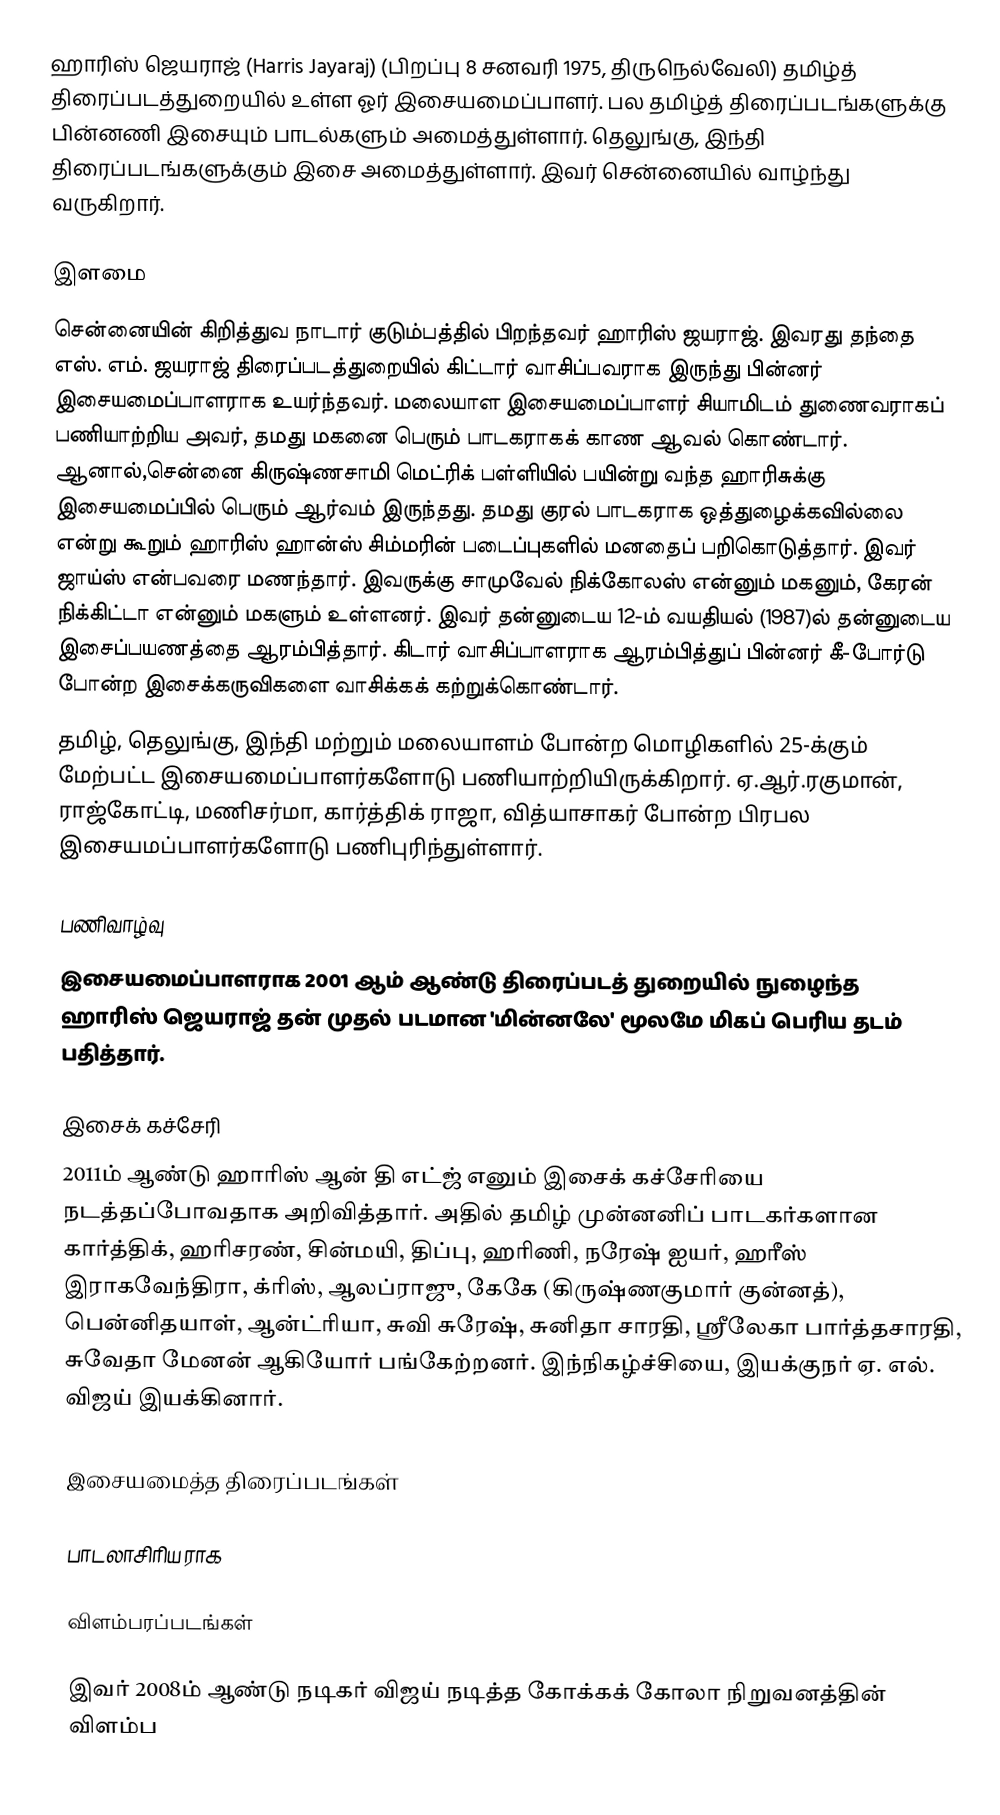
ஹாரிஸ் ஜெயராஜ் (Harris Jayaraj) (பிறப்பு 8 சனவரி 1975, திருநெல்வேலி)  தமிழ்த் திரைப்படத்துறையில் உள்ள ஓர் இசையமைப்பாளர்.  பல தமிழ்த் திரைப்படங்களுக்கு பின்னணி இசையும் பாடல்களும் அமைத்துள்ளார். தெலுங்கு, இந்தி திரைப்படங்களுக்கும் இசை அமைத்துள்ளார். இவர் சென்னையில் வாழ்ந்து வருகிறார்.

இளமை
சென்னையின் கிறித்துவ நாடார் குடும்பத்தில் பிறந்தவர் ஹாரிஸ் ஜயராஜ்.  இவரது தந்தை எஸ். எம். ஜயராஜ் திரைப்படத்துறையில் கிட்டார் வாசிப்பவராக இருந்து பின்னர் இசையமைப்பாளராக உயர்ந்தவர். மலையாள இசையமைப்பாளர் சியாமிடம் துணைவராகப் பணியாற்றிய அவர், தமது மகனை பெரும் பாடகராகக் காண ஆவல் கொண்டார். ஆனால்,சென்னை கிருஷ்ணசாமி மெட்ரிக் பள்ளியில் பயின்று வந்த ஹாரிசுக்கு இசையமைப்பில் பெரும் ஆர்வம் இருந்தது. தமது குரல் பாடகராக ஒத்துழைக்கவில்லை என்று கூறும் ஹாரிஸ் ஹான்ஸ் சிம்மரின் படைப்புகளில் மனதைப் பறிகொடுத்தார். இவர் ஜாய்ஸ் என்பவரை மணந்தார். இவருக்கு சாமுவேல் நிக்கோலஸ் என்னும் மகனும், கேரன் நிக்கிட்டா என்னும் மகளும் உள்ளனர். இவர் தன்னுடைய 12-ம் வயதியல் (1987)ல் தன்னுடைய இசைப்பயணத்தை ஆரம்பித்தார். கிடார் வாசிப்பாளராக ஆரம்பித்துப் பின்னர் கீ-போர்டு போன்ற இசைக்கருவிகளை வாசிக்கக் கற்றுக்கொண்டார்.
தமிழ், தெலுங்கு, இந்தி மற்றும் மலையாளம் போன்ற மொழிகளில் 25-க்கும் மேற்பட்ட இசையமைப்பாளர்களோடு பணியாற்றியிருக்கிறார். ஏ.ஆர்.ரகுமான், ராஜ்கோட்டி, மணிசர்மா, கார்த்திக் ராஜா, வித்யாசாகர் போன்ற பிரபல இசையமப்பாளர்களோடு பணிபுரிந்துள்ளார்.

பணிவாழ்வு
இசையமைப்பாளராக 2001 ஆம் ஆண்டு திரைப்படத் துறையில் நுழைந்த ஹாரிஸ் ஜெயராஜ் தன் முதல் படமான 'மின்னலே' மூலமே மிகப் பெரிய தடம் பதித்தார்.

இசைக் கச்சேரி
2011ம் ஆண்டு ஹாரிஸ் ஆன் தி எட்ஜ் எனும் இசைக் கச்சேரியை நடத்தப்போவதாக அறிவித்தார். அதில் தமிழ் முன்னனிப் பாடகர்களான கார்த்திக், ஹரிசரண், சின்மயி, திப்பு, ஹரிணி, நரேஷ் ஐயர், ஹரீஸ் இராகவேந்திரா, க்ரிஸ், ஆலப்ராஜு, கேகே (கிருஷ்ணகுமார் குன்னத்), பென்னிதயாள், ஆன்ட்ரியா, சுவி சுரேஷ், சுனிதா சாரதி, ஸ்ரீலேகா பார்த்தசாரதி, சுவேதா மேனன் ஆகியோர் பங்கேற்றனர். இந்நிகழ்ச்சியை, இயக்குநர் ஏ. எல். விஜய் இயக்கினார்.

இசையமைத்த திரைப்படங்கள்

பாடலாசிரியராக

விளம்பரப்படங்கள்

இவர் 2008ம் ஆண்டு நடிகர் விஜய் நடித்த கோக்கக் கோலா நிறுவனத்தின் விளம்ப